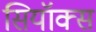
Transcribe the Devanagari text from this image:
सियॉक्स